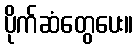
ပိုက်ဆံတွေပေး။